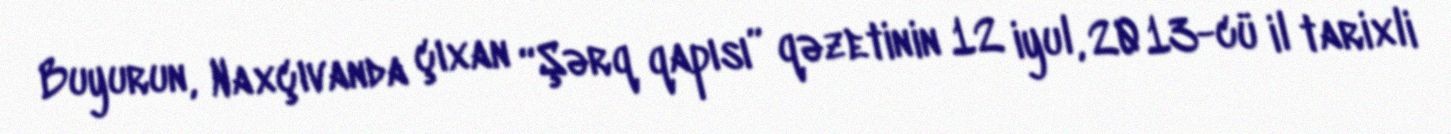
Buyurun, Naxçıvanda çıxan “Şərq qapısı” qəzetinin 12 iyul, 2013-cü il tarixli